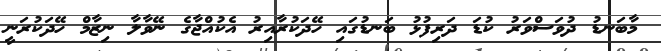
މާބަނޑު ދުވަސްވަރު ކުޑަ ދަރިފުޅު ބަނޑުގައި ހޭދަކުރާއިރު އެކުއްޖާގެ ނޭވާލާ ނިޒާމް ހޭދަކުރަނީ